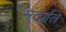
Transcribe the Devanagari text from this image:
मंदाति